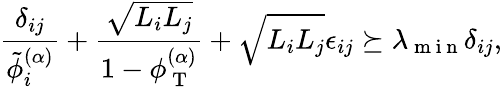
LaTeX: \frac{\delta_{ij}}{\tilde{\phi}_{i}^{(\alpha)}}+\frac{\sqrt{L_{i}L_{j}}}{1-\phi_{\mathrm{~T~}}^{(\alpha)}}+\sqrt{L_{i}L_{j}}\epsilon_{ij}\succeq\lambda_{\mathrm{~m~i~n~}}\delta_{ij},